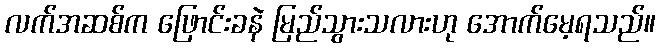
လက်အဆစ်က ဖြောင်းခနဲ မြည်သွားသလားဟု အောက်မေ့ရသည်။